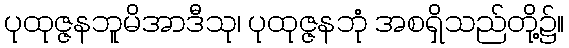
ပုထုဇ္ဇနဘူမိအာဒီသု၊ ပုထုဇ္ဇနဘုံ အစရှိသည်တို့၌။